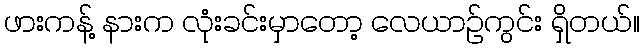
ဖားကန့် နားက လုံးခင်းမှာတော့ လေယာဉ်ကွင်း ရှိတယ်။